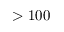
> 1 0 0